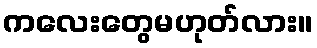
ကလေးတွေမဟုတ်လား။